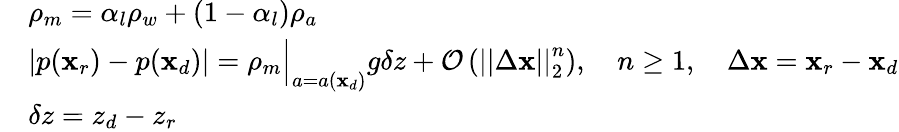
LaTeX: \begin{array}{rl}&{\rho_{m}=\alpha_{l}\rho_{w}+\left(1-\alpha_{l}\right)\rho_{a}}\\ &{\left|p(\mathbf{x}_{r})-p(\mathbf{x}_{d})\right|=\rho_{m}\Big|_{a=a(\mathbf{x}_{d})}g\delta z+\mathcal{O}\left(\left|\left|\Delta\mathbf{x}\right|\right|_{2}^{n}\right),\quad n\geq 1,\quad\Delta\mathbf{x}=\mathbf{x}_{r}-\mathbf{x}_{d}}\\ &{\delta z=z_{d}-z_{r}}\end{array}